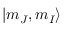
| m _ { J } , m _ { I } \rangle